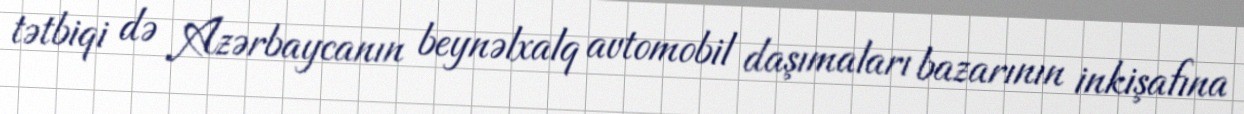
tətbiqi də Azərbaycanın beynəlxalq avtomobil daşımaları bazarının inkişafına